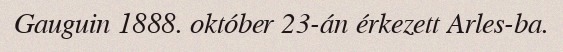
Gauguin 1888. október 23-án érkezett Arles-ba.